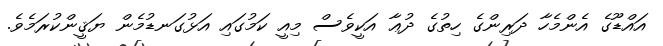
އައްޑޫގެ އެންމެހާ ދަރިންގެ ހިތުގެ ދުޢާ އަކީވެސް މިއީ ކަމުގައި އަޅުގަނޑުމެން ޔަޤީންކުރަމެވެ.